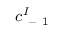
c _ { \mathrm { ~ - ~ } 1 } ^ { I }